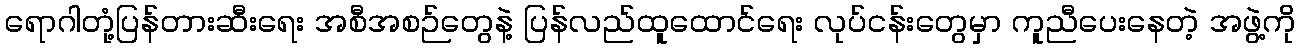
ရောဂါတုံ့ပြန်တားဆီးရေး အစီအစဉ်တွေနဲ့ ပြန်လည်ထူထောင်ရေး လုပ်ငန်းတွေမှာ ကူညီပေးနေတဲ့ အဖွဲ့ကို